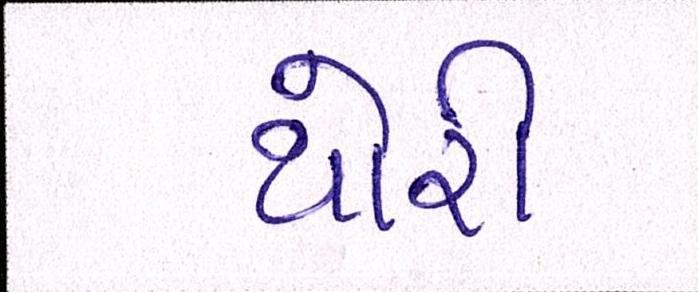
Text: થોરી